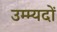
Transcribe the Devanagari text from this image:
उम्म्यदों